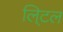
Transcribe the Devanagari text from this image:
लि्टल